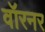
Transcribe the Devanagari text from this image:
वॉरनर